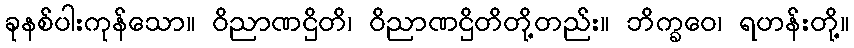
ခုနစ်ပါးကုန်သော။ ဝိညာဏဌိတိ၊ ဝိညာဏဌိတိတို့တည်း။ ဘိက္ခဝေ၊ ရဟန်းတို့။